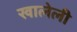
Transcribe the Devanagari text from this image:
खालेली